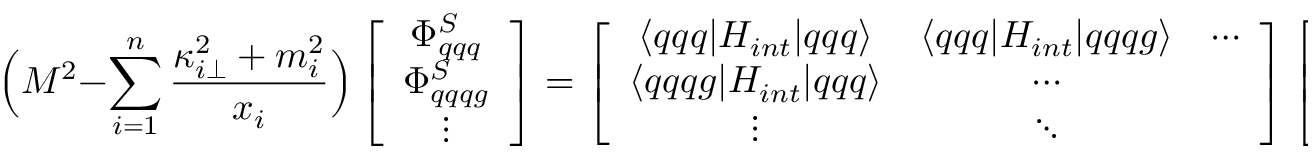
\Big ( M ^ { 2 } - \sum _ { i = 1 } ^ { n } { \frac { \kappa _ { i \bot } ^ { 2 } + m _ { i } ^ { 2 } } { x _ { i } } } \Big ) \left[ \begin{array} { c } { { \Phi _ { q q q } ^ { S } } } \\ { { \Phi _ { q q q g } ^ { S } } } \\ { { \vdots } } \end{array} \right] = \left[ \begin{array} { c c c } { { \langle q q q | H _ { i n t } | q q q \rangle } } & { { \langle q q q | H _ { i n t } | q q q g \rangle } } & { { \cdots } } \\ { { \langle q q q g | H _ { i n t } | q q q \rangle } } & { { \cdots } } & { { ~ ~ } } \\ { { \vdots } } & { { \ddots } } & { { ~ ~ } } \end{array} \right] \left[ \begin{array} { c } { { \Phi _ { q q q } ^ { S } } } \\ { { \Phi _ { q q q g } ^ { S } } } \\ { { \vdots } } \end{array} \right] .